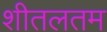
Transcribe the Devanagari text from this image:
शीतलतम